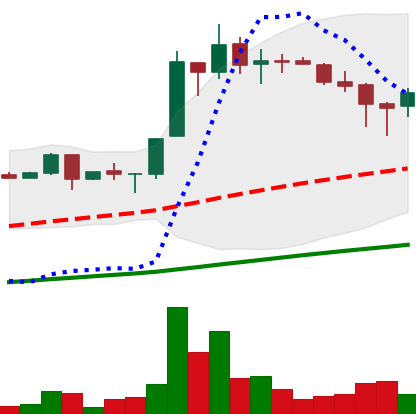
Ticker: LTC-USD
Chart end date: 2017-06-28
Forward return: 8.345%
Label: up_7plus